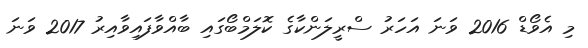
މި އެވޯޑް 2016 ވަނަ އަހަރު ސްރީލަންކާގެ ކޮލަމްބޯގައި ބާއްވާފައިވާއިރު 2017 ވަނަ